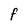
Character: F